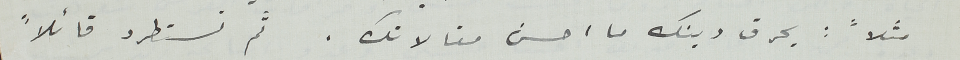
مثلاً: يحرق دينك ما احسن مقالاتك. ثم تستطرد قائلاً